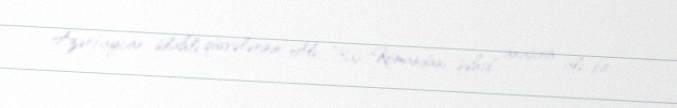
Azərbaycan silahlı qüvvələrinin Ali Baş Komandanı şəhid anasına ali bir